system: You are a helpful assistant.
user:
Analyze the provided spectrum to determine if it is a **S-type Star**.

- **Key Indicators for S-type Star:**

    - **(Overall Spectrum Shape):** The first and most obvious characteristic is the overall continuum (the "baseline" shape). It is **extremely "red-sloping,"** meaning the flux (light intensity) is very low on the left side (blue, ~4000-4500 Å) and rises steeply and continuously toward the right side (red, ~7000 Å+).

    - **(Primary):** The spectrum is defined by the presence of strong, broad molecular absorption "valleys" (bands) from **Zirconium Oxide (ZrO)**. The identification of these bands is the **primary requirement** for classifying a star as S-type.
        - **(Key Bandheads):** You must find distinct, deep "dips" where the light has been absorbed. The most critical band systems to locate are:
            - **~6474 Å** ($\gamma$-system): This is often the strongest and clearest ZrO feature, found in the red part of the spectrum.
            - **~5718 Å** & **~5551 Å** ($\beta$-system): A pair of prominent absorption features in the yellow-orange part of the spectrum.
            - **~4640 Å** ($\alpha$-system): A key absorption band system in the blue-green region of the spectrum.

    - **(Secondary Confirmation):** The classification is strengthened by finding additional absorption bands from other related heavy element oxides, which are expected to be present alongside ZrO.
        - **(Key Bandheads):**
            - **Yttrium Oxide (YO):** Look for absorption dips near **~4800 Å** and **~6100 Å**.
            - **Lanthanum Oxide (LaO):** Additional absorption features, particularly in the red-orange part of the spectrum, are also characteristic.

    - **(Line Profile):** The combination of the steep red continuum and these numerous, deep molecular bands (ZrO, YO, etc.) gives the entire spectrum a very **"chopped-up"** or **"bumpy"** appearance. Instead of a smooth curve, the spectrum looks as though large, wide chunks of light have been "carved out" of it at the specific wavelengths listed above.

Think first, call **spectral_visualization_tool** if needed to examine features in detail, then provide your final answer. Your response must adhere to the following strict rules:
1.  **Overall Structure:** Your response must follow the format `<think>...</think> <tool_call>...</tool_call> (if a tool is used) <answer>...</answer>`.
2.  **Tool Usage Constraint:** You may only make **one** tool call per turn.
3.  **Final Answer Format:** In the `<answer>` tag, your conclusion must be inside a `\boxed{}` command (e.g., `\boxed{YES}` or `\boxed{NO}`), followed by your justification.

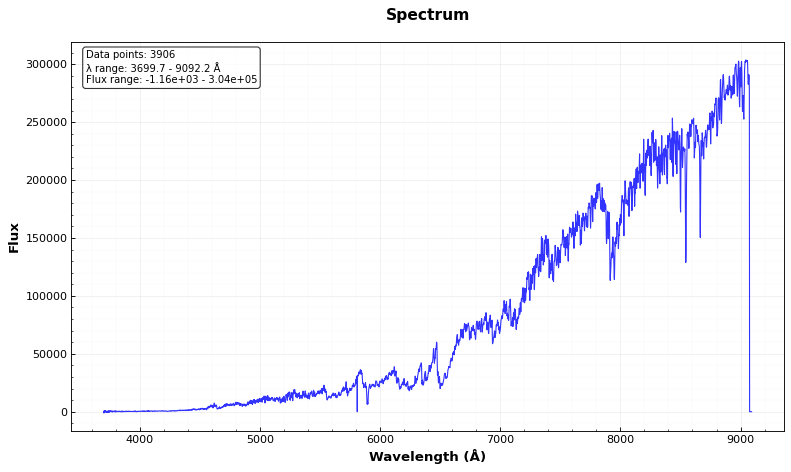
Answer: YES